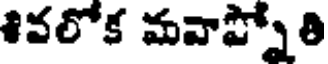
శివలోక మవాప్నోతి